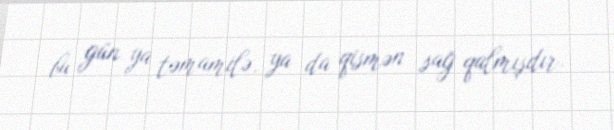
bu gün ya təmamilə, ya da qismən sağ qalmışdır.